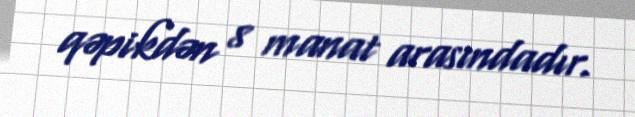
qəpikdən 8 manat arasındadır.